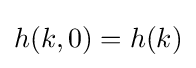
h(k,0)=h(k)